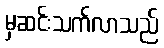
မှဆင်းသက်လာသည်